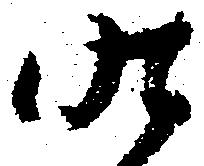
昨